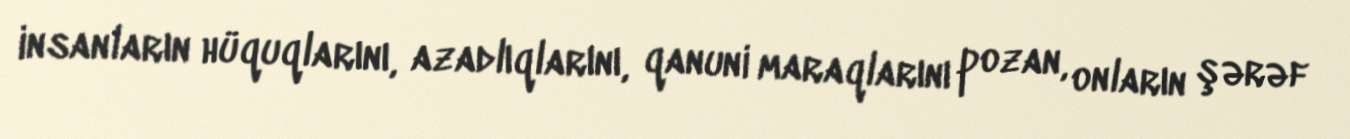
insanların hüquqlarını, azadlıqlarını, qanuni maraqlarını pozan, onların şərəf